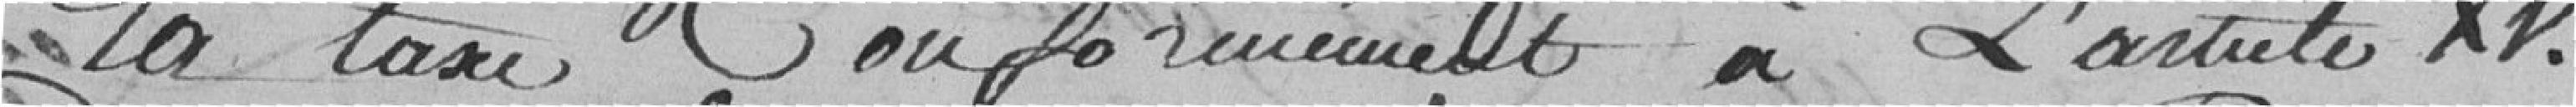
la taxe, conformément à l'article XV